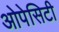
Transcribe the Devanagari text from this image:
ओपेसिटी